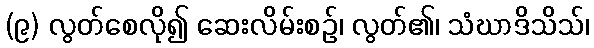
(၉) လွတ်စေလို၍ ဆေးလိမ်းစဉ်၊ လွတ်၏၊ သံဃာဒိသိသ်၊